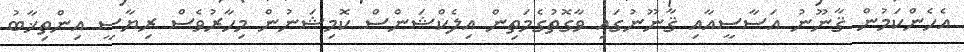
އެހެންކަމުން ޤާނޫނު އަސާސީއާއި ޤާނޫނުގައި ވާގޮތުގެމަތިން އިލެކްޝަންސް ކޮމިޝަނުން މިހާރުވެސް ރިޔާސީ އިންތިޚާބު